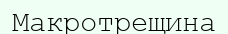
Макротрещина